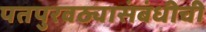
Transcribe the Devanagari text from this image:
पतपुरवठ्यासंबंधीची